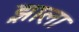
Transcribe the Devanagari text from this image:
झ़ाला